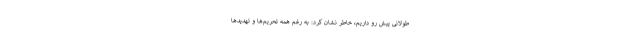
طولانی پیش رو داریم، خاطر نشان کرد: به رغم همه تحریم‌ها و تهدیدها